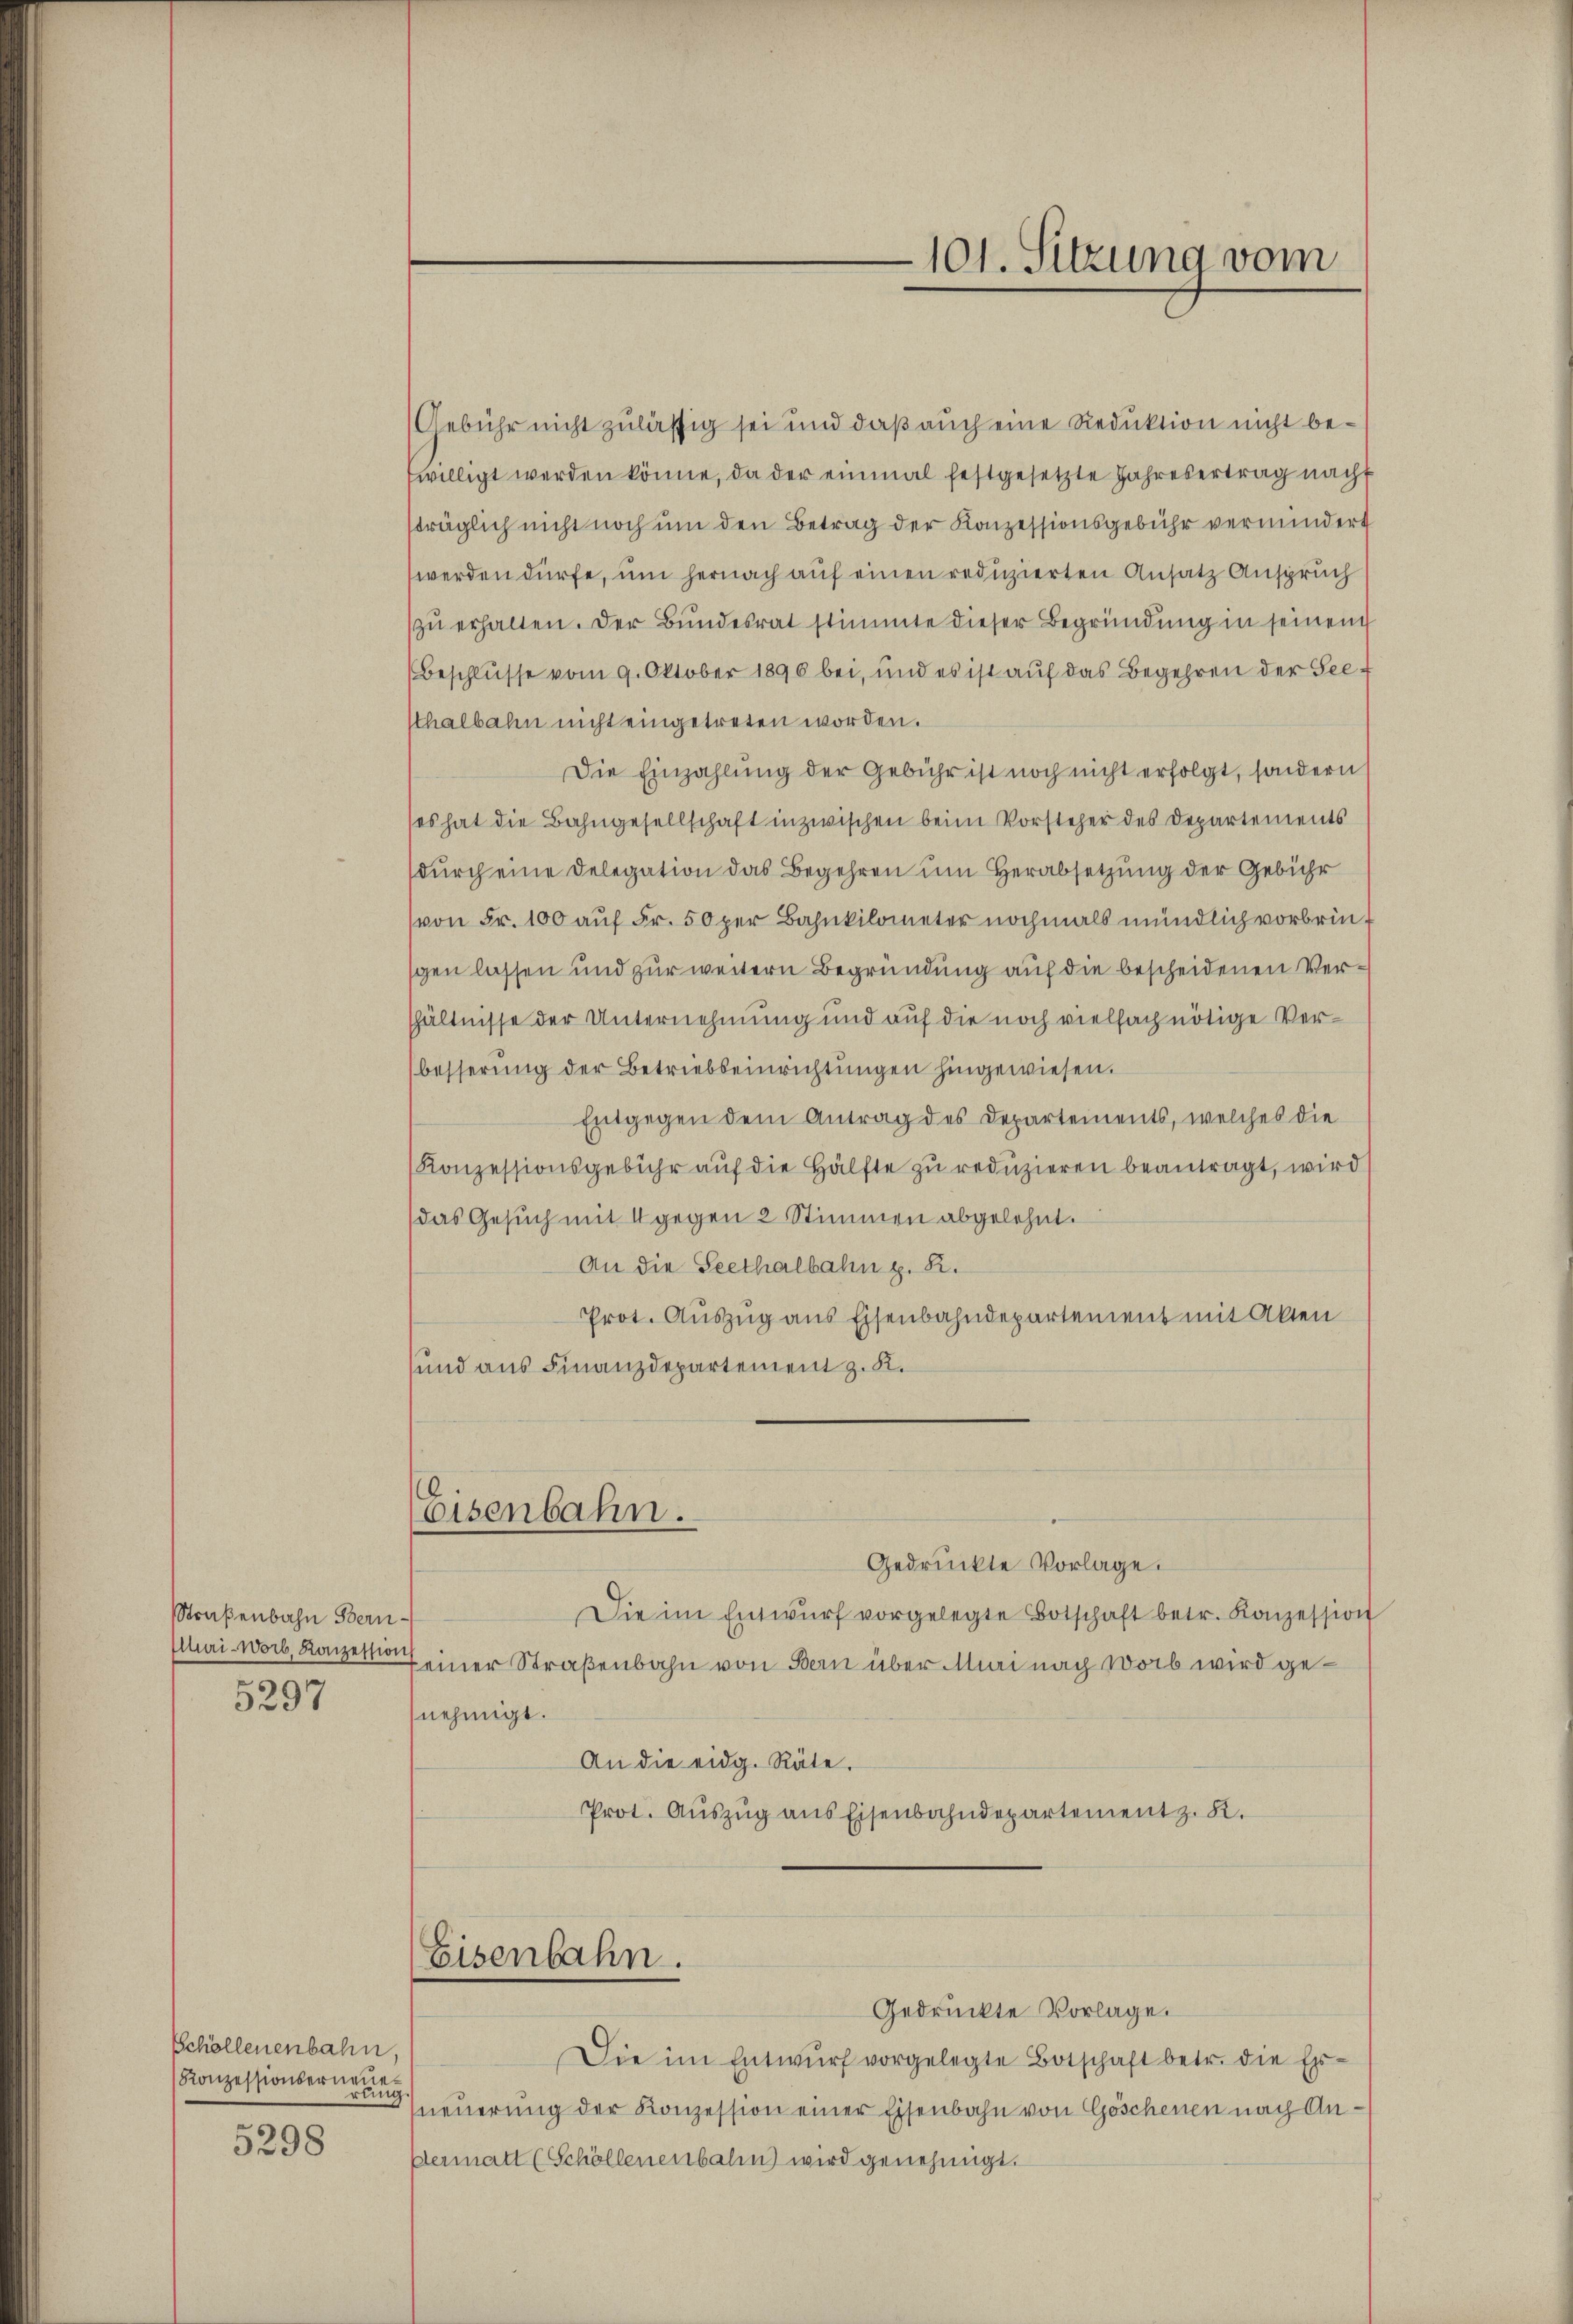
Straßenbahn Bern-
Muri-Worb, Konzession
)
3297

Schöllenenbahn.
Konzessionserneren

5298

Gebühr nicht zulässig sei und daß auch eine Reduktion nicht bewilligt werden könne, da der einmal festgesetzte Jahresertrag nach
sträglich nicht noch um den Betrag der Konzessionsgebühr vermindert
werden dürfe, um hernach auf einen reduzierten Ansatz Anspruch
zŭ erhalten. Der Bŭndesrat stimmte dieser Begründung in seinem
(Beschlusse vom 9. Oktober 1890 bei, und es ist auf das Begehren der Seetthalbahn nicht eingetreten worden.
Die Einzahlung der Gebühr ist noch nicht erfolgt, sondern
ses hat die Bahngesellschaft inzwischen beim Vorsteher des Departements
(durch eine Delegation das Begehren um Herabsetzung der Gebühr
(von Fr. 100 auf Fr. 50 per Bahnkilometer nochmals mündlich vorbrinsgen lassen und zur weitern Begründung auf die bescheidenen Verhältnisse der Unternehmung und auf die noch vielfach nötige Verbesserung der Betriebseinrichtungen hingewiesen.
Entgegen dem Antrag des Departements, welches die
Konzessionsgebühr auf die Hälfte zu reduzieren beantragt, wird
das Gesuch mit 4 gegen 2 Stimmen abgelehnt.
An die Seethalbahn z. B.
Prot. Auszug aus Eisenbahndepartement mit Akten
sund aus Finanzdepartement z. K.

Eisenbahn.

Eisenbahn.

101. Sitzung vom

Gedrückte Vorlage.
Die im Entwŭrf vorgelegte Botschaft betr. Konzession
seiner Straßenbahn von Bern über Mai nach Worb wird genehmigt.
An die eidg. Räte.
Prot. Auszug aus Eisenbahndepartement z. K.

Gedrückte Vorlage.
Die im Entwŭrf vorgelegte Botschaft betr. die Er-
neŭerŭng der Konzession einer Eisenbahn von Göschenen nach An¬
Dermatt (Schöllenenbalen wird genehmigt.